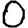
Digit: 0